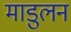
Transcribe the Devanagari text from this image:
माडुलन